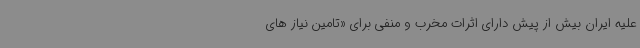
علیه ایران بیش از پیش دارای اثرات مخرب و منفی برای «تامین نیاز های